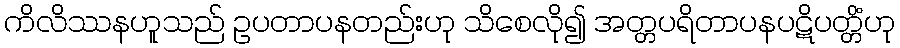
ကိလိဿနဟူသည် ဥပတာပနတည်းဟု သိစေလို၍ အတ္တပရိတာပနပဋိပတ္တိံဟု